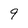
Character: 9